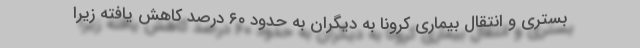
بستری و انتقال بیماری کرونا به دیگران به حدود ۶۰ درصد کاهش یافته زیرا